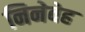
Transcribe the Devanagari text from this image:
निनेवेह